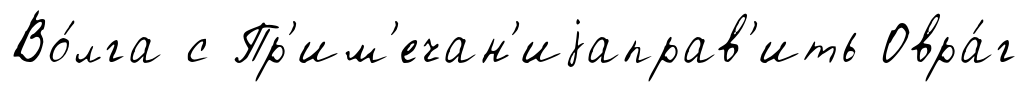
Во́лга с Пр'им'ечан'иjаправ'ить Овра́г